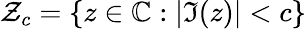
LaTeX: \mathcal{Z}_{c}=\{ z\in\mathbb{C}:|\Im(z)|<c\}